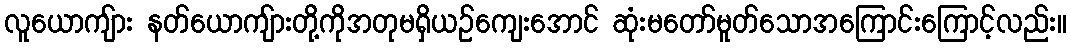
လူယောကျ်ား နတ်ယောကျ်ားတို့ကိုအတုမရှိယဉ်ကျေးအောင် ဆုံးမတော်မူတ်သောအကြောင်းကြောင့်လည်း။